Resolution. No. 1369 Ex.
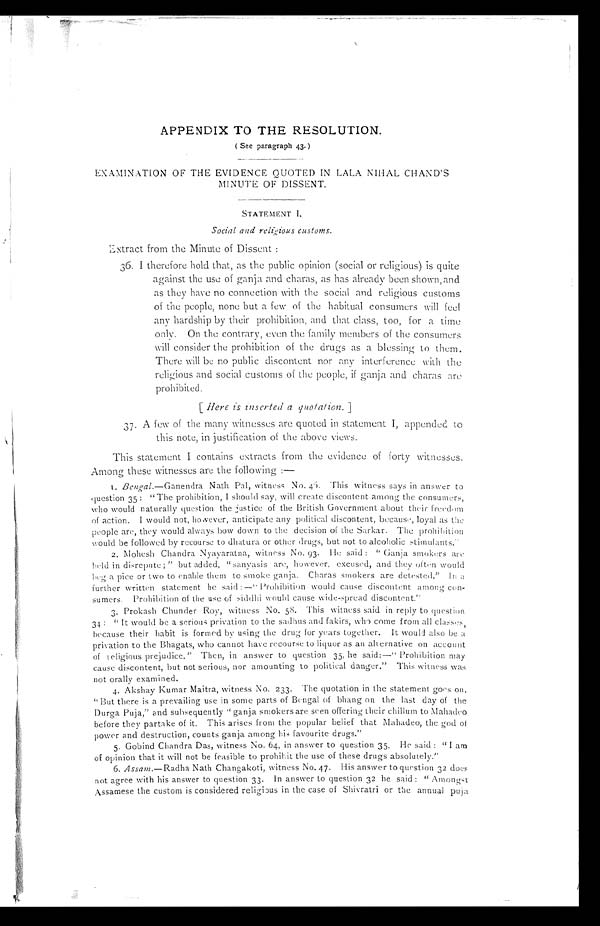
APPENDIX TO THE RESOLUTION.
( See paragraph 43 . )
EXAMINATION OF THE EVIDENCE QUOTED IN LALA NIHAL CHAND'S
MINUTE OF DISSENT.
STATEMENT
Social and religious customs.
Extract from the Minute of Dissent :
36. I therefore hold that , as the public opinion (social or religious) is quite
against the use of ganja and charas, as has already been shown, and
as they have no connection with the social and religious customs
of the people, none but a few of the habitual consumers will feel
any hardship by their prohibition, and that class, too, for a time
only. On the contrary, even the family members of the consumers
will consider the prohibition of the drugs as a blessing to them.
There will be no public discontent nor any interference with the
religious and social customs of the people, if ganja and charas are
prohibited.
[ Here is inserted a quotation. ]
37. A few of the many witnesses are quoted in statement I, appended to
this note, in justification of the above views.
This statement I contains extracts from the evidence of forty witnesses,
Among these witnesses are the following :—
1. Bengal.—Ganendra Nath Pal, witness No. 46. This witness says in answer to
question 35 : "The prohibition, I should say, will create discontent among the consumers,
who would naturally question the justice of the British Government about their freedom
of action. I would not, however, anticipate any political discontent, because, loyal as the
people are, they would always bow down to the decision of the Sarkar. The prohibition
would be followed by recourse to dhatura or other drugs, but not to alcoholic stimulants."
2. Mohesh Chandra Nyayaratna, witness No. 93. He said : " Ganja smokers are
held in disrepute; " but added, "sanyasis are, however, excused, and they often would
beg a pice or two to enable them to smoke ganja. Charas smokers are detested." In a
further written statement he said:—" Prohibition would cause discontent among con-
sumers. Prohibition of the use of siddhi would cause wide-spread discontent."
3. Prokash Chunder Roy, witness No. 58. This witness said in reply to question
34 : " I t w o u l d b e
a s e r i o u s p r i v a t i o n t o t h e s a d h u s a n d f a k i r s , w h o c o m e f r o m a l l c l a s s e s ,
because their habit is formed by using the drug for years together. It would also be a
privation to the Bhagats, who cannot have recourse to liquor as an alt ernative on account
of religious prejudice." Then, in answer to question 35, he said:—" Prohibition may
cause discontent, but not serious, nor amounting to political danger." This witness was
not orally examined.
4. Akshay Kumar Maitra, witness No. 233. The quotation in the statement goes on.
"But there is a prevailing use in some parts of Bengal of bhang on the last day of the
Durga Puja," and subsequently "ganja smokers are seen offering their chillum to Mahadeo
before they partake of it. This arises from the popular belief that Mahadeo, the god of
power and destruction, counts ganja among his favourite drugs."
5. Gobind Chandra Das, witness No. 64, in answer to question 35. He said : " I am
of opinion that it will not be feasible to prohibit the use of these drugs absolutely."
6. A s s am .—Radha Nath Changakoti, witness No. 47. His answer to question 32 does
not agree with his answer to question 33. In answer to question 3 2 he said : " Amongst
Assamese the custom is considered religious in the case of Shivratri or the annual p u j a